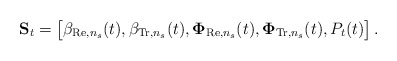
\begin{align*} \mathbf{S}_t = \begin{bmatrix} \beta_{\mathrm{Re},n_s}(t), \beta_{\mathrm{Tr},n_s}(t), \mathbf{\Phi}_{\mathrm{Re},n_s}(t), \mathbf{\Phi}_{\mathrm{Tr},n_s}(t), P_t(t) \end{bmatrix}.\end{align*}